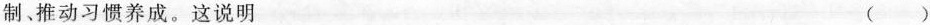
制推动习惯养成。这说明 ( )